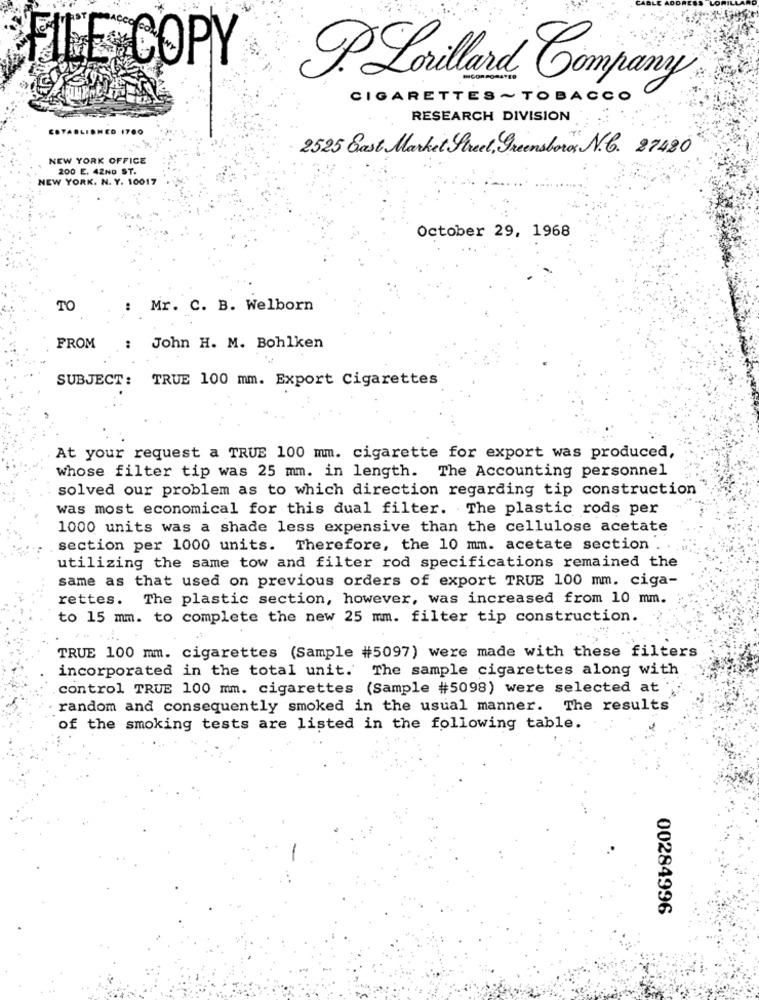
FILE COPY
P. Lorillard Company
CIGARETTES ~TOBACCO
RESEARCH DIVISION
COTABLISHED 1700
2525 East Market Street, Greensboro's N. 27480
NEW YORK OFFICE
200 E. 42ND ST.
NEW YORK, N. Y. 10017
October 29, 1968
TO
Mr. C. B. Welborn
FROM
John H. M. Bohlken
SUBJECT: TRUE 100 mm. Export Cigarettes
At your request a TRUE 100 mm. cigarette for export was produced,
whose filter tip was 25 mm. in length. The Accounting personnel
solved our problem as to which direction regarding tip construction
was most economical for this dual filter. The plastic rods per
1000 units was a shade less expensive than the cellulose acetate
section per 1000 units. Therefore, the 10 mm. acetate section .
utilizing the same tow and filter rod specifications remained the
same as that used on previous orders of export TRUE 100 mm. ciga-
rettes. The plastic section, however, was increased from 10 mm.
to 15 mm. to complete the new 25 mm. filter tip construction.
TRUE 100 mm. cigarettes (Sample #5097) were made with these filters
incorporated in the total unit. The sample cigarettes along with
control TRUE 100 mm. cigarettes (Sample #5098) were selected at ";
random and consequently smoked in the usual manner. The results
of the smoking tests are listed in the following table.
00284996